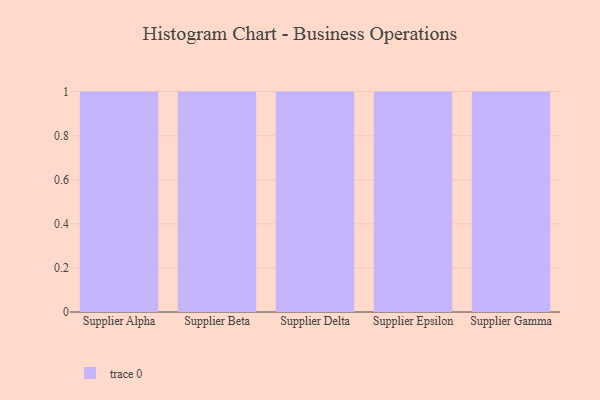
{"axis": {"x": "Supplier", "y": "Gross Profit (USD K)"}, "legend": [""], "data": [{"x": "Supplier Alpha", "y": 15, "type": ""}, {"x": "Supplier Beta", "y": 12, "type": ""}, {"x": "Supplier Delta", "y": 28, "type": ""}, {"x": "Supplier Epsilon", "y": 49, "type": ""}, {"x": "Supplier Gamma", "y": 69, "type": ""}]}